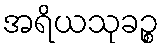
အရိယသုခဉ္စ